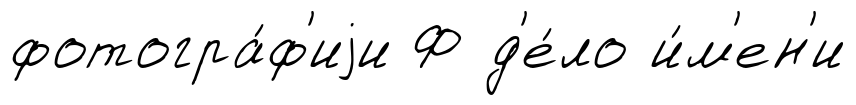
фотогра́ф'иjи Ф д'е́ло и́м'ен'и